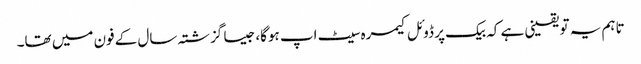
تاہم یہ تو یقینی ہے کہ بیک پر ڈوئل کیمرہ سیٹ اپ ہوگا، جیسا گزشتہ سال کے فون میں تھا۔